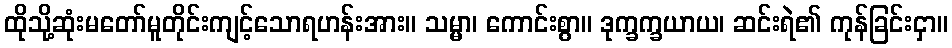
ထိုသို့ဆုံးမတော်မူတိုင်းကျင့်သောရဟန်းအား။ သမ္မာ၊ ကောင်းစွာ။ ဒုက္ခက္ခယာယ၊ ဆင်းရဲ၏ ကုန်ခြင်းငှာ။